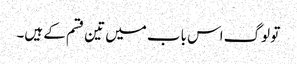
تو لوگ اس باب میں تین قسم کے ہیں۔